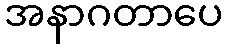
အနာဂတာပေ